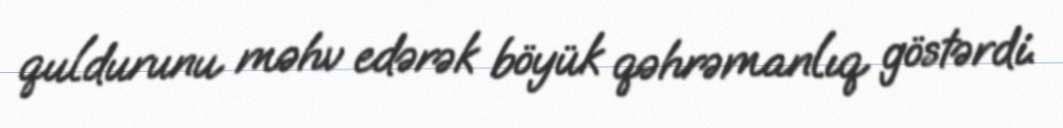
quldurunu məhv edərək böyük qəhrəmanlıq göstərdi.